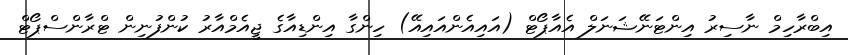
އިބްރާހިމް ނާސިރު އިންޓަނޭޝަނަލް އެއާޕޯޓް (އައިއެންއައިއޭ) ހިންގާ އިންޑިއާގެ ޖީއެމްއާރު ކުންފުނިން ޓްރާންސްޕޯޓް